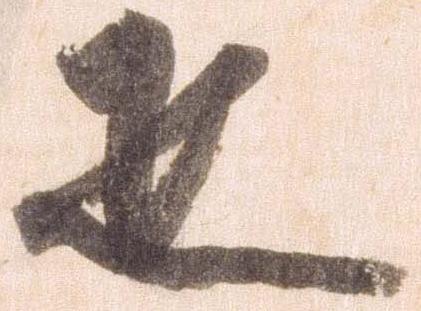
疋